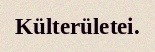
Külterületei.